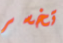
تخسر